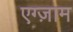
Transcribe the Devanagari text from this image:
एग्ज़ाम